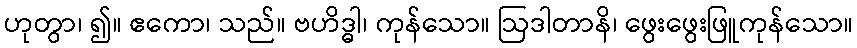
ဟုတွာ၊ ၍။ ဧကော၊ သည်။ ဗဟိဒ္ဓါ၊ ကုန်သော။ ဩဒါတာနိ၊ ဖွေးဖွေးဖြူကုန်သော။